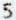
5